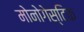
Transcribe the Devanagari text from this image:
मोनोगेस्टिक